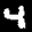
Label: 4